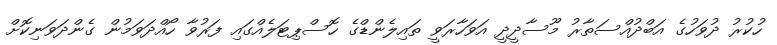
ހުކުރު ދުވަހުގެ އަބްދުއްސަތާރު މޫސާދީދީ އަވަހާރަވީ ތައިލެންޑްގެ ހޮސްޕިޓަލެއްގައި ފަރުވާ ހޯއްދަވަމުން ގެންދަވަނިކޮށް